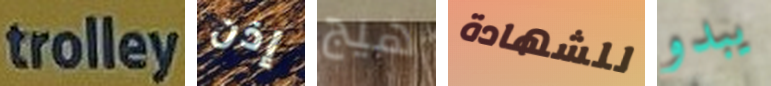
trolley إذن هيج للشهادة يبدو